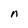
Character: n